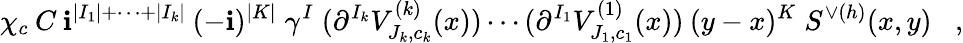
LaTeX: \chi_{c}\: C\: \mathbf{i}^{|I_{1}|+\cdots+|I_{k}|}\: (-\mathbf{i})^{|K|}\; \gamma^{I}\; (\partial^{I_{k}}V_{J_{k},c_{k}}^{(k)}(x))\cdots(\partial^{I_{1}}V_{J_{1},c_{1}}^{(1)}(x))\: (y-x)^{K}\; S^{\vee(h)}(x,y)\; \; \; ,